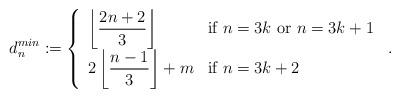
LaTeX: \begin{align*}d^{min}_n := \left\{\begin{array}{ll}\left\lfloor \dfrac{2n+2}{3} \right\rfloor &\mbox{if } n=3k \mbox { or } n=3k+1 \\2 \left\lfloor \dfrac{n-1}{3} \right\rfloor + m & \mbox{if } n=3k+2 \\\end{array} \right. \, .\end{align*}